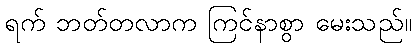
ရက် ဘတ်တလာက ကြင်နာစွာ မေးသည်။